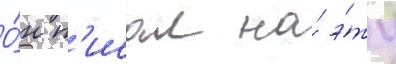
О́н п'исал на́ э́ту